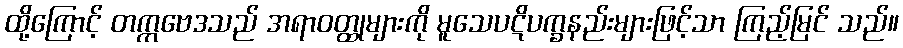
ထို့ကြောင့် တက္ကဗေဒသည် အရာဝတ္ထုများကို မူသေပဋိပက္ခနည်းများဖြင့်သာ ကြည့်မြင် သည်။